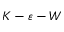
K - \varepsilon - W